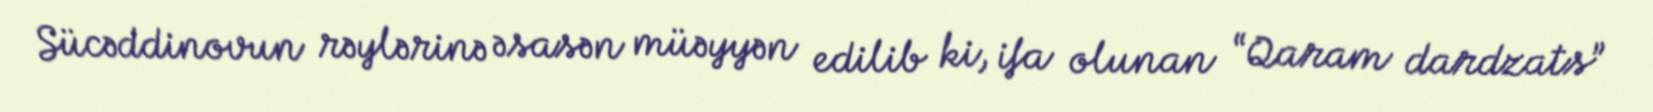
Sücəddinovun rəylərinə əsasən müəyyən edilib ki, ifa olunan “Qaram dardzats”